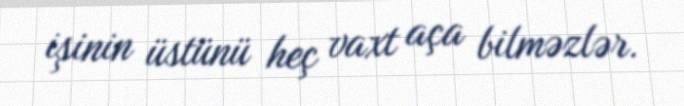
işinin üstünü heç vaxt aça bilməzlər.